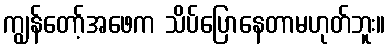
ကျွန်တော့်အဖေက သိပ်ပြောနေတာမဟုတ်ဘူး။